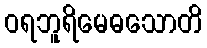
ဝရဘူရိမေဓသောတိ